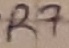
Text: R7